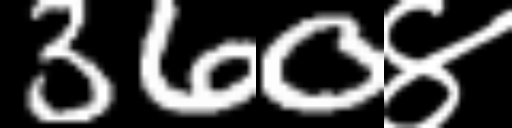
Text: 360४